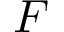
F